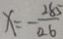
x = - \frac { 2 8 5 } { 0 . 6 }